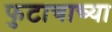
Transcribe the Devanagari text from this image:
फुटाचाच्या